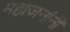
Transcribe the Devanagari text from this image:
महाजनांनी